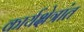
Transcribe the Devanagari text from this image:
कार्यक्षेत्रांत